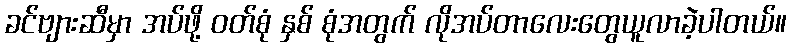
ခင်ဗျားဆီမှာ အပ်ဖို့ ဝတ်စုံ နှစ် စုံအတွက် လိုအပ်တာလေးတွေယူလာခဲ့ပါတယ်။